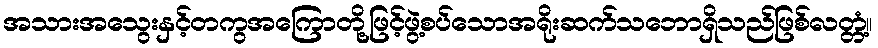
အသားအသွေးနှင့်တကွအကြောတို့ဖြင့်ဖွဲ့စပ်သောအရိုးဆက်သဘောရှိသည်ဖြစ်လတ္တံ့။